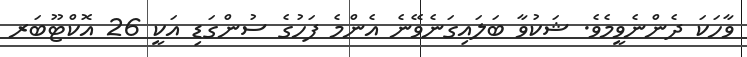
ވާހަކަ ދެންނެވީމެވެ. ޝަކުވާ ބަލައިގަނެވޭނެ އެންމެ ފަހުގެ ސުންގަޑި އަކީ 26 އޮކްޓޫބަރ